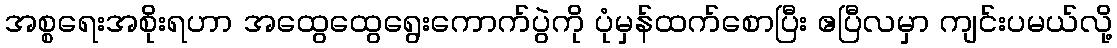
အစ္စရေးအစိုးရဟာ အထွေထွေရွေးကောက်ပွဲကို ပုံမှန်ထက်စောပြီး ဧပြီလမှာ ကျင်းပမယ်လို့